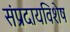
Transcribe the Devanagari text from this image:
संप्रदायविशेष